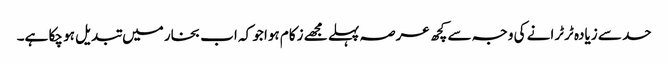
حد سے زیادہ ٹرٹرانے کی وجہ سے کچھ عرصہ پہلے مجھے زکام ہوا جو کہ اب بخار میں تبدیل ہو چکا ہے۔